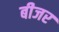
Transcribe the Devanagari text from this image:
बीजर